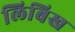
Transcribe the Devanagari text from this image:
लिबिख